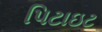
પિટાઇટ